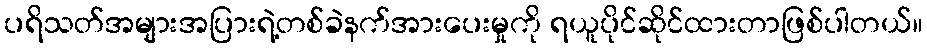
ပရိသတ်အများအပြားရဲ့တစ်ခဲနက်အားပေးမှုကို ရယူပိုင်ဆိုင်ထားတာဖြစ်ပါတယ်။